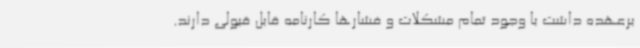
برعهده داشت با وجود تمام مشکلات و فشارها کارنامه قابل قبولی دارند.